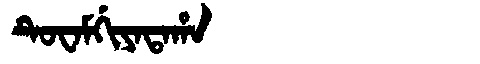
Manchu: ᡨᡠᠸᠠᠮᡤᡳᠶᠠᡨᠠᡥᠠ
Romanization: TUWAMGIYATAHA